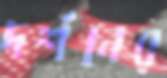
দর্শনের